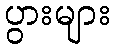
ပွားများ